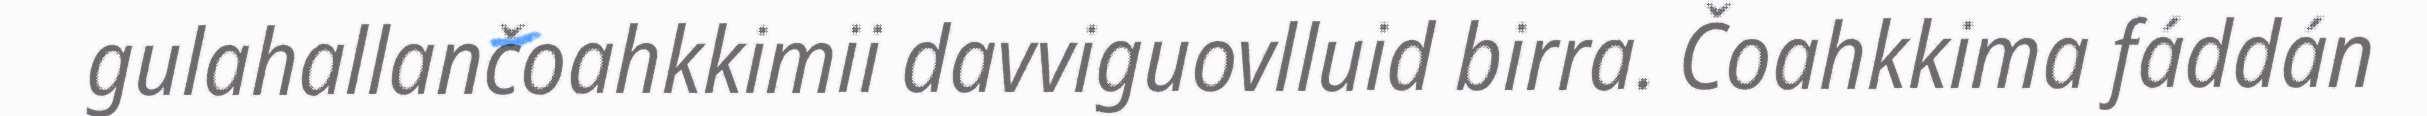
gulahallančoahkkimii davviguovlluid birra. Čoahkkima fáddán